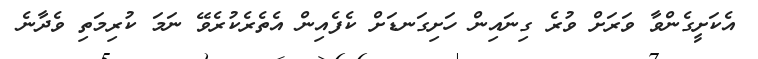
އެކަށީގެންވާ ވަރަށް ވުރެ ގިނައިން ހަށިގަނޑަށް ކެފެއިން އެތެރެކުރެވޭ ނަމަ ކުރިމަތި ވެދާނެ